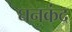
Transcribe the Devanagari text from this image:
घनकंद